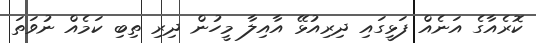
ކޮރެއާގެ އަނެއް ފަޅީގައި ދިރިއުޅޭ އާއިލާ މީހުން ދިރި ތިބި ކަމެއް ނުވަތަ